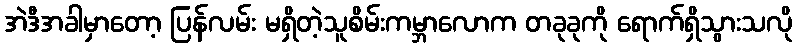
အဲဒီအခါမှာတော့ ပြန်လမ်း မရှိတဲ့သူစိမ်းကမ္ဘာလောက တခုခုကို ရောက်ရှိသွားသလို